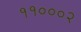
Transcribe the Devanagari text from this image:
११०००२